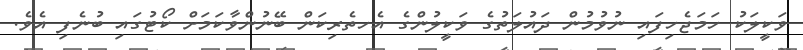
ވަކީލަކު ހަމަޖެހިފައި ނުވުމުން ދައުލަތުގެ ވަކީލުންގެ އެހތެރިކަން ބޭނުންވާކަމަށް ކޯޓުގައި ބުނެފި އެވެ.